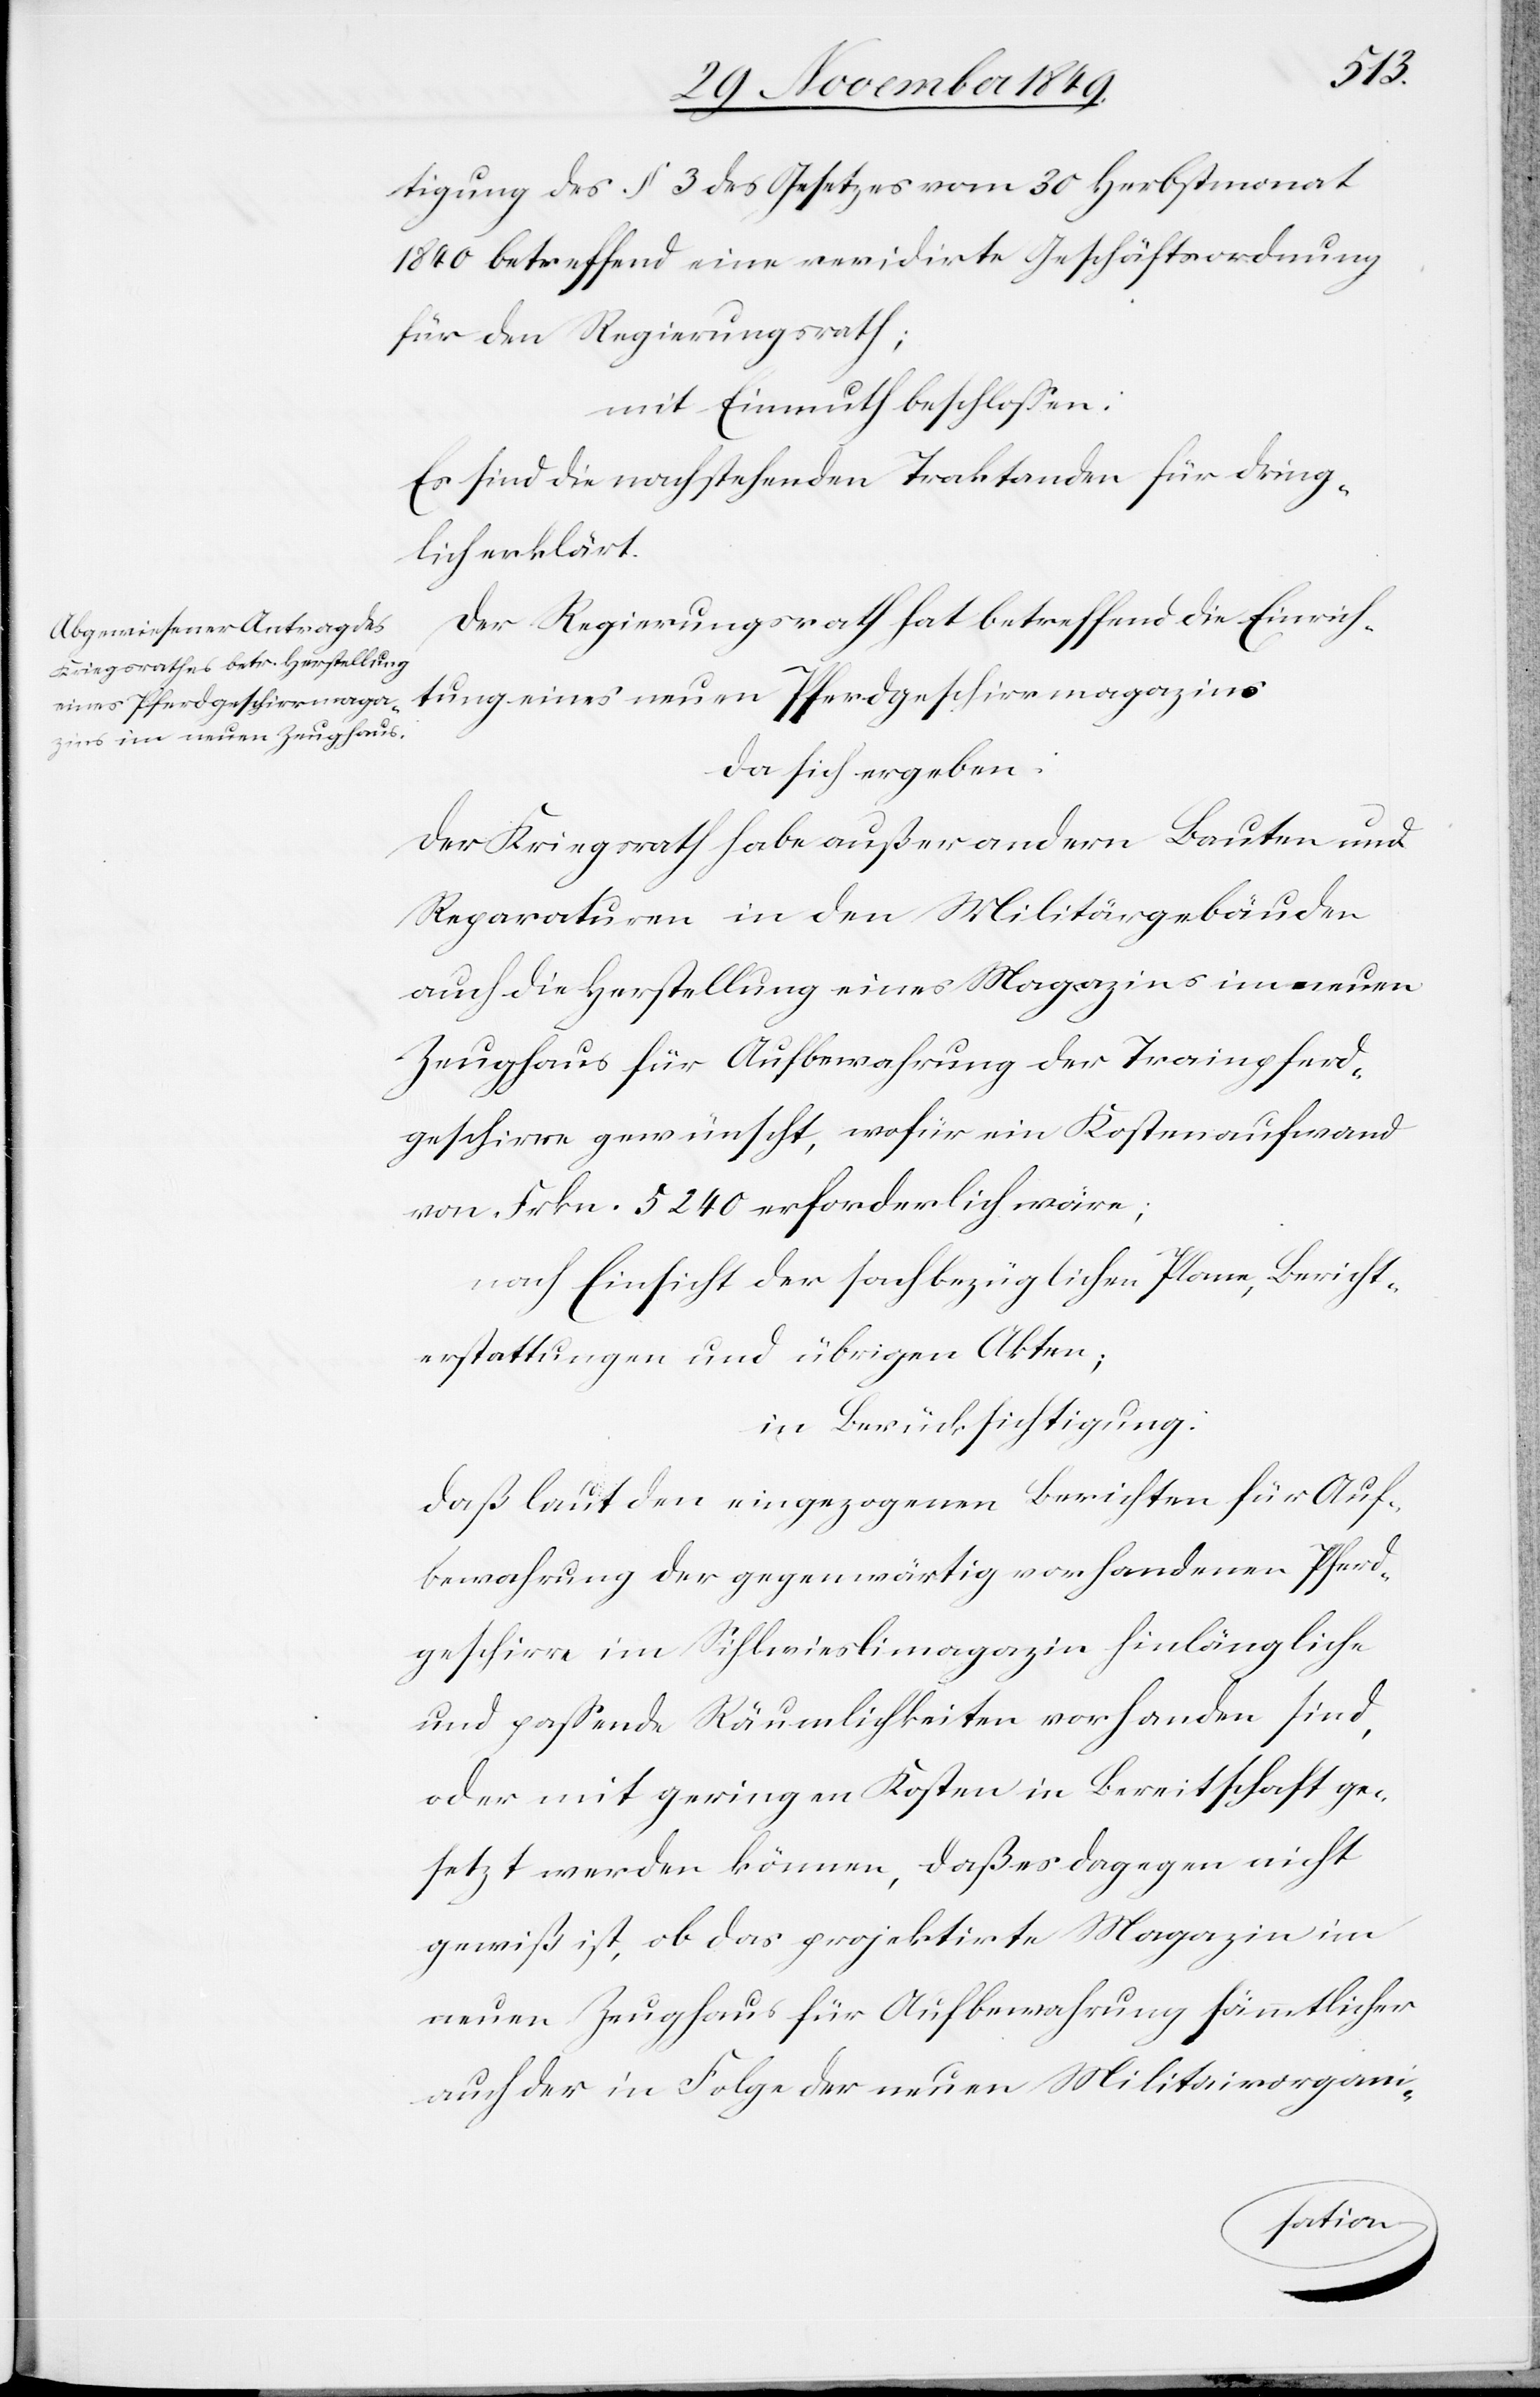
tigung des § 3 des Gesetzes vom 30 Herbstmonat
1840 betreffend eine revidirte Geschäftsordnung
für den Regierungsrath;
mit Einmuth beschloßen:
Es sind die nachstehenden Traktanden für dring¬
lich erklärt.
Der Regierungsrath hat betreffend die Einrich¬
tung eines neuen Pferdgeschirrmagazins
da sich ergeben:
Der Kriegsrath habe außer andern Bauten und
Reparaturen in den Militärgebäuden
auch die Herstellung eines Magazins im neuen
Zeughaus für Aufbewahrung der Trainpferd¬
geschirre gewünscht, wofür ein Kostenaufwand
von Frkn. 5240 erforderlich wäre;
nach Einsicht der sachbezüglichen Plane, Bericht¬
erstattungen und übrigen Akten;
in Berücksichtigung:
daß laut den eingezogenen berichten für Auf¬
bewahrung der gegenwärtig vorhandenen Pferd¬
geschirre im Sihlwieslimagazin hinlängliche
und paßende Räumlichkeiten vorhanden sind,
oder mit geringen Kosten in Bereitschaft ge¬
setzt werden können, daß es dagegen nicht
gewiß ist, ob das projektirte Magazin im
neuen Zeughaus für Aufbewahrung sämmtlicher
auch der in Folge der neuen Militairorgani-